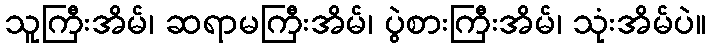
သူကြီးအိမ်၊ ဆရာမကြီးအိမ်၊ ပွဲစားကြီးအိမ်၊ သုံးအိမ်ပဲ။